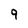
Character: 9